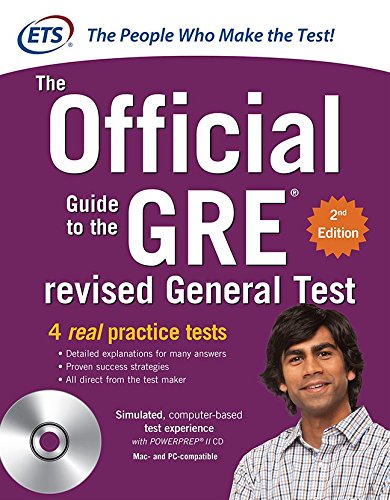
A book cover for The Official Guide to the GRE Revised General Test, 2nd Edition; Educational Testing Service; Test Preparation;